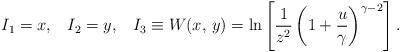
LaTeX: \begin{align*}I_1=x,\;\;\;I_2=y,\;\;\;I_3\equiv W(x,\,y)=\ln\left[{1\over{z^2}}\left(1+{u\over\gamma}\right)^{\gamma-2}\right].\end{align*}